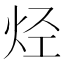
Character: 烃